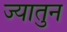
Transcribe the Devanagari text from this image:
ज्यातुन